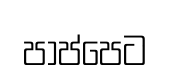
පාප්පෙට